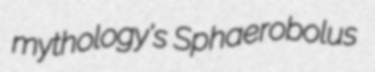
mythology's Sphaerobolus